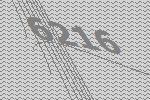
6216